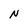
Character: N